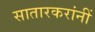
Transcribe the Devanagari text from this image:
सातारकरांनीं